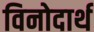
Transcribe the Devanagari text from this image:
विनोदार्थ